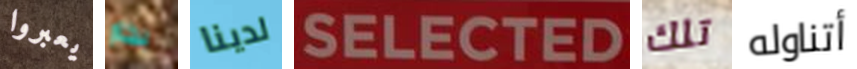
يعبروا بخار لدينا SELECTED تلك أتناوله